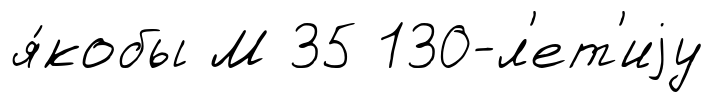
я́кобы М 35 130-л'ет'иjу